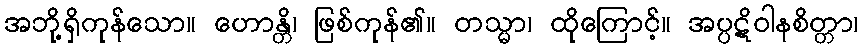
အဘို့ရှိကုန်သော။ ဟောန္တိ၊ ဖြစ်ကုန်၏။ တသ္မာ၊ ထိုကြောင့်။ အပ္ပဋိဝါနစိတ္တာ၊